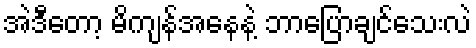
အဲဒီတော့ မိကျန်အနေနဲ့ ဘာပြောချင်သေးလဲ